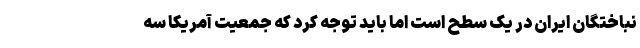
نباختگان ایران در یک سطح است اما باید توجه کرد که جمعیت آمریکا سه